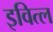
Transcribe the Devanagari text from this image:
इवित्ल